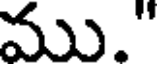
ము."